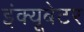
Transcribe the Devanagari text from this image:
इंक्यूबेटर